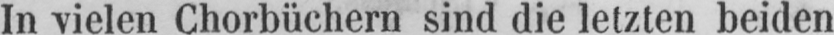
In vielen Chorbüchern sind die letzten beiden